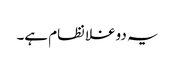
یہ دوغلا نظام ہے۔